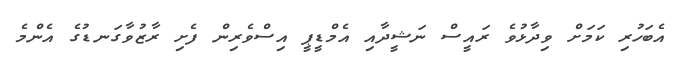
އެބަހުރި ކަމަށް ވިދާޅުވެ ރައީސް ނަޝީދާއި އެމްޑީޕީ އިސްވެރިން ފެށި ރާޒުވާގަނޑުގެ އެންމެ